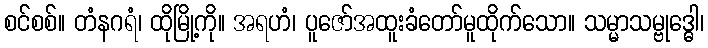
စင်စစ်။ တံနဂရံ၊ ထိုမြို့ကို။ အရဟံ၊ ပူဇော်အထူးခံတော်မူထိုက်သော။ သမ္မာသမ္ဗုဒ္ဓေါ၊